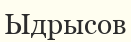
Ыдрысов